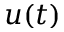
u ( t )